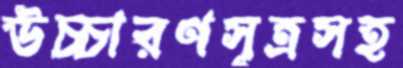
উচ্চারণসূত্রসহ